Language: tamil
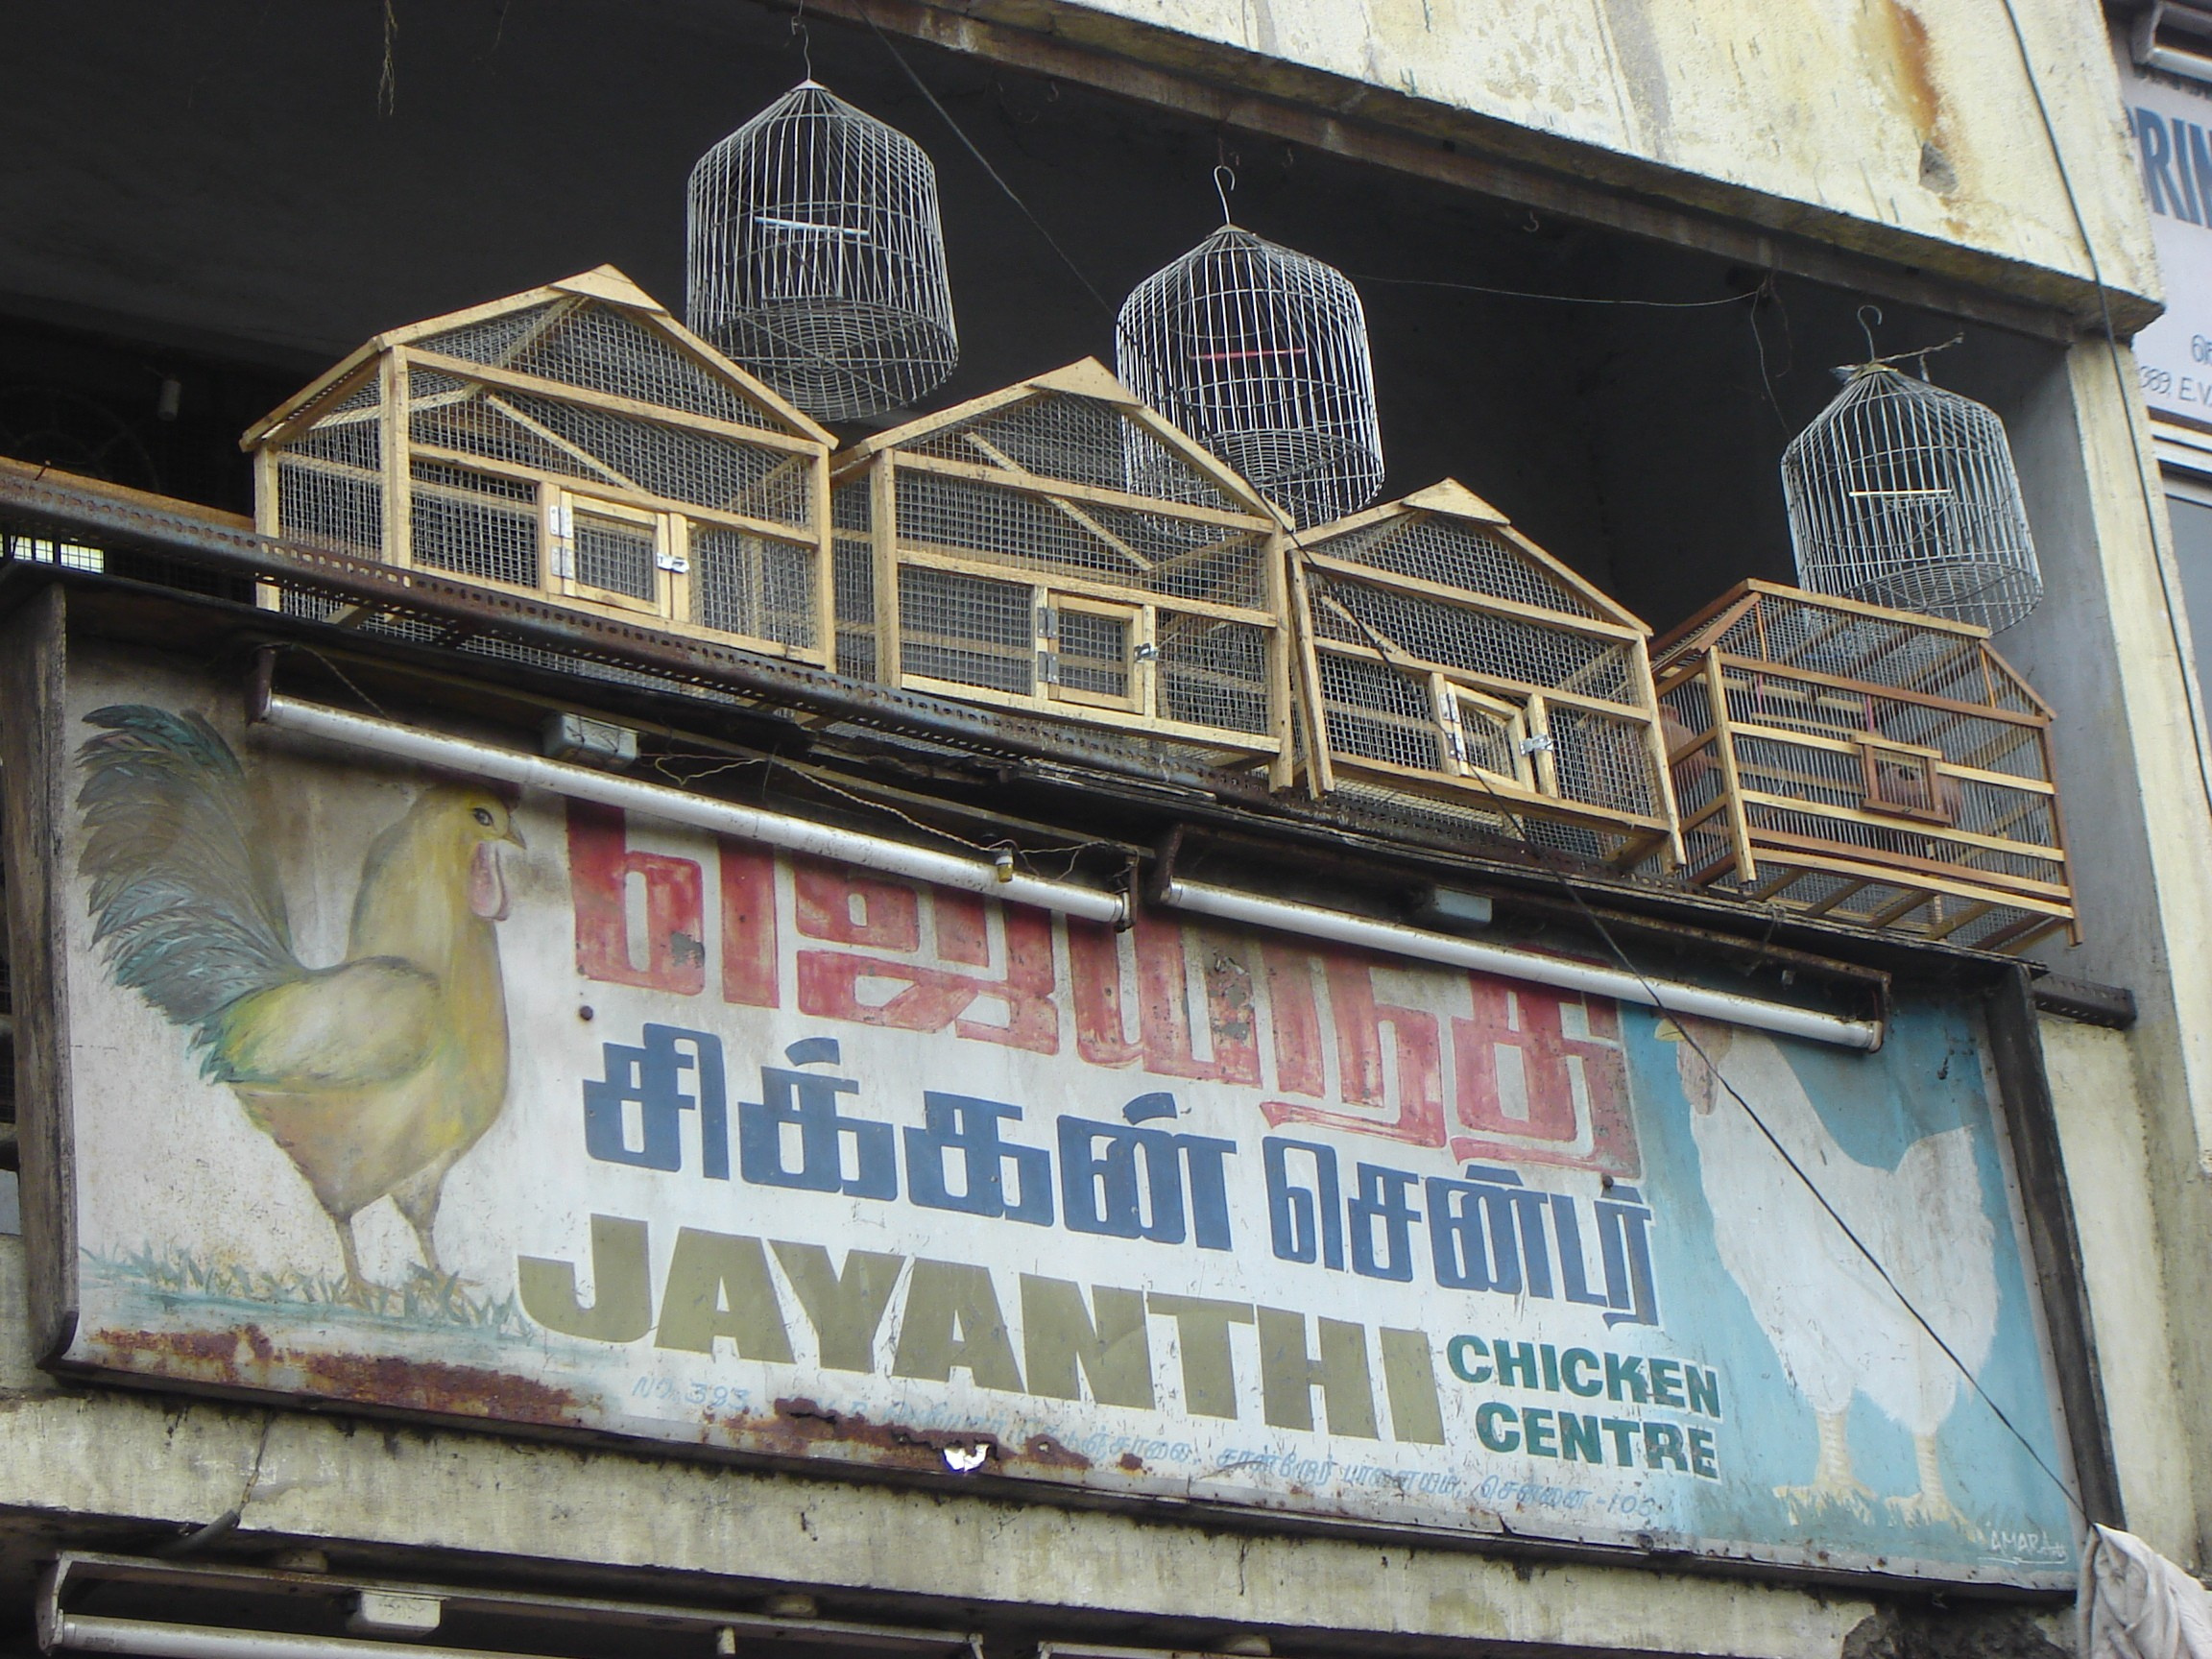
Transcription: சென்டர் சிக்கன்